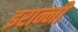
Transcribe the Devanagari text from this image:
इरान्नी